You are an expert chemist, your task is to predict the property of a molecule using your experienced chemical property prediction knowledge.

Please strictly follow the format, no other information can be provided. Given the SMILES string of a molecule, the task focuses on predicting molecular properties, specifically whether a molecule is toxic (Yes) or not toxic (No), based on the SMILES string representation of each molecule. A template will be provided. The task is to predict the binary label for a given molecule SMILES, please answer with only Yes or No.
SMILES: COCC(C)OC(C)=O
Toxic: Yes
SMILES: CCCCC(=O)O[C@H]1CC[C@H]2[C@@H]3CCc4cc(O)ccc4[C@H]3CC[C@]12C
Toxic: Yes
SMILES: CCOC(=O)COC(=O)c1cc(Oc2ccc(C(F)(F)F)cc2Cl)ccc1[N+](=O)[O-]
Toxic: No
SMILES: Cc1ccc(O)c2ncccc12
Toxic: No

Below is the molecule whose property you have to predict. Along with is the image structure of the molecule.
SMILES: CC(=O)Nc1ccc(C)cc1C
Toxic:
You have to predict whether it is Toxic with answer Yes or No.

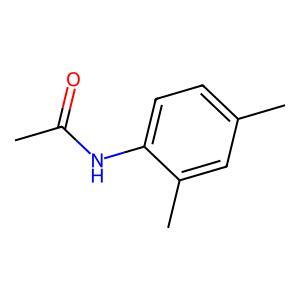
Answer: No